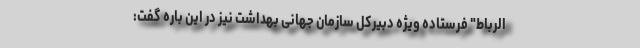
الرباط" فرستاده ویژه دبیرکل سازمان جهانی بهداشت نیز در این باره گفت: